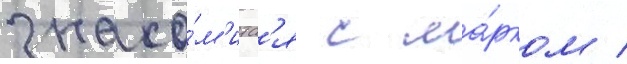
знако́м'итс'я с ма́рком /